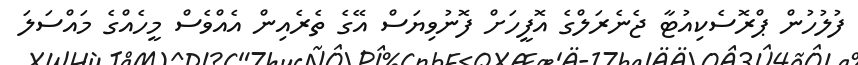
ފުލުހުން ޕްރޮސެކިއުޓާ ޖެނެރަލްގެ އޮފީހަށް ފޮނުވިޔަސް އޭގެ ތެރެއިން އެއްވެސް މީހެއްގެ މައްސަލަ